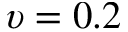
\upsilon = 0 . 2